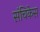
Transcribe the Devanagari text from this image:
संचिकेस